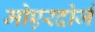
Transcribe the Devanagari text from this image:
मोएरदोर्ज